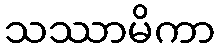
သဿာမိကာ